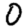
Digit: 0